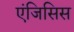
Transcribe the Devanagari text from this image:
एंजिसिस